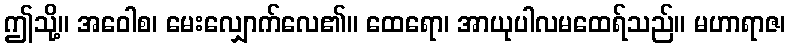
ဤသို့။ အဝေါစ၊ မေးလျှောက်လေ၏။ ထေရော၊ အာယုပါလမထေရ်သည်။ မဟာရာဇ၊